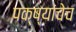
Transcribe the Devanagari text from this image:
पक्ष्यांचेच